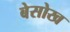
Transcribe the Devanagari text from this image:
बेसोख